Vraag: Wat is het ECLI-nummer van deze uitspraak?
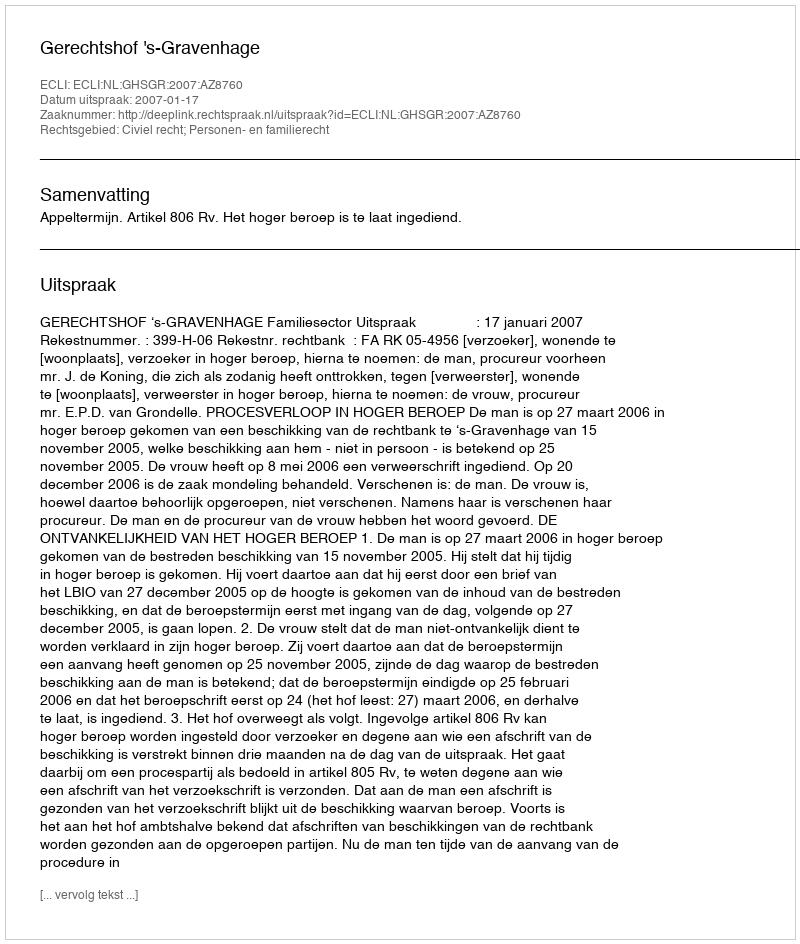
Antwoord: ECLI:NL:GHSGR:2007:AZ8760